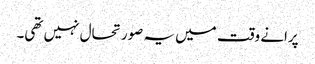
پرانے وقت میں یہ صورتحال نہیں تھی۔